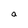
Character: a